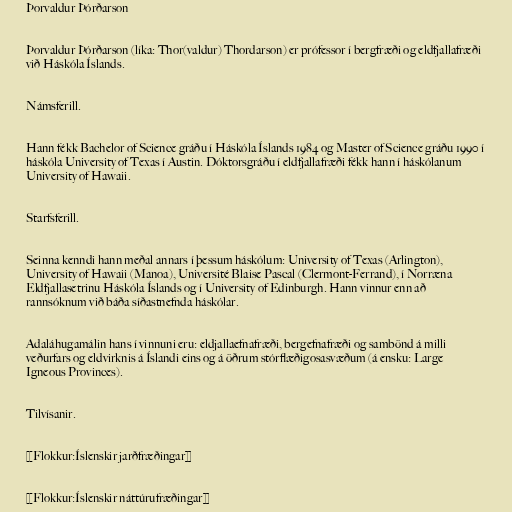
Þorvaldur Þórðarson

Þorvaldur Þórðarson (líka: Thor(valdur) Thordarson) er prófessor í bergfræði og eldfjallafræði
við Háskóla Íslands.

Námsferill.

Hann fékk Bachelor of Science gráðu í Háskóla Íslands 1984 og Master of Science gráðu 1990 í
háskóla University of Texas í Austin. Dóktorsgráðu í eldfjallafræði fékk hann í háskólanum
University of Hawaii.

Starfsferill.

Seinna kenndi hann meðal annars í þessum háskólum: University of Texas (Arlington),
University of Hawaii (Manoa), Université Blaise Pascal (Clermont-Ferrand), í Norræna
Eldfjallasetrinu Háskóla Íslands og í University of Edinburgh. Hann vinnur enn að
rannsóknum við báða síðastnefnda háskólar.

Adaláhugamálin hans í vinnuni eru: eldjallaefnafræði, bergefnafræði og sambönd á milli
veðurfars og eldvirknis á Íslandi eins og á öðrum stórflæðigosasvæðum (á ensku: Large
Igneous Provinces).

Tilvísanir.

[[Flokkur:Íslenskir jarðfræðingar]]

[[Flokkur:Íslenskir náttúrufræðingar]]